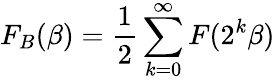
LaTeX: F_{B}(\beta)=\frac{1}{2}\sum_{k=0}^{\infty}F(2^{k}\beta)